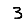
Digit: 3